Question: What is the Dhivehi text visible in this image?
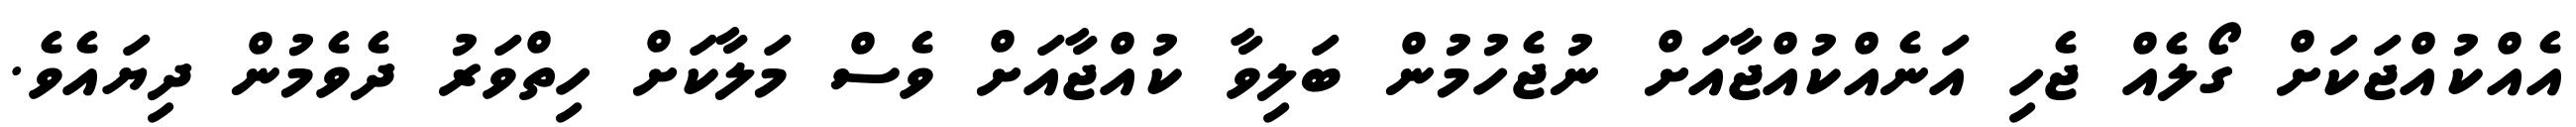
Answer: އެއްކުއްޖަކަށް ގޯލެއް ޖެހި އަނެއްކުއްޖާއަށް ނުޖެހުމުން ބަލިވާ ކުއްޖާއަށް ވެސް މަލާކަށް ހިތްވަރު ދެވެމުން ދިޔައެވެ.